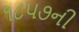
૧૮૫૭ની